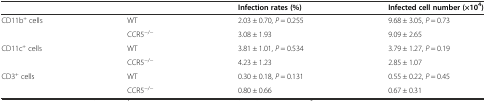
<table><thead><tr><td></td><td></td><td><b>Infection rates (%)</b></td><td><b>Infected cell number (×10<sup>4</sup>)</b></td></tr></thead><tbody><tr><td>CD11b<sup>+</sup> cells</td><td>WT</td><td>2.03 ± 0.70, <i>P</i> = 0.255</td><td>9.68 ± 3.05, <i>P</i> = 0.73</td></tr><tr><td></td><td>CCR5<sup>−/−</sup></td><td>3.08 ± 1.93</td><td>9.09 ± 2.65</td></tr><tr><td>CD11c<sup>+</sup> cells</td><td>WT</td><td>3.81 ± 1.01, <i>P</i> = 0.534</td><td>3.79 ± 1.27, <i>P</i> = 0.19</td></tr><tr><td></td><td>CCR5<sup>−/−</sup></td><td>4.23 ± 1.23</td><td>2.85 ± 1.07</td></tr><tr><td>CD3<sup>+</sup> cells</td><td>WT</td><td>0.30 ± 0.18, <i>P</i> = 0.131</td><td>0.55 ± 0.22, <i>P</i> = 0.45</td></tr><tr><td></td><td>CCR5<sup>−/−</sup></td><td>0.80 ± 0.66</td><td>0.67 ± 0.31</td></tr></tbody></table>